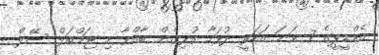
އެމްޑީޕީގެ 7 ވަނަ އަހަރީ ދުވަހާ ގުޅިގެން ބާއްވާ މި ޖަމްބަލް ސޭލް